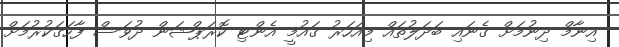
އިނާމް ދިނުމަށް ގެނައި ބަދަލުތައް މިއަހަރު ގައުމީ އެންޓި ކޮރަޕްޝަން ދުވަސް ފާހަގަކުރުމަށް